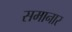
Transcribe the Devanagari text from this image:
समानार